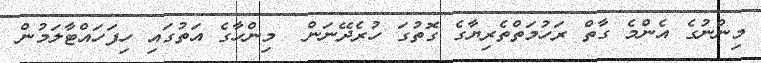
މިންނުގެ އެންމެ ގާތް ރަހުމަތްތެރިޔާގެ ގޮތުގަ ހުރެދޭނަން  މިންހާގެ އަތުގައި ހިފަހައްޓާލަމުން